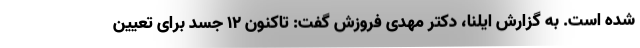
شده است. به گزارش ایلنا، دکتر مهدی فروزش گفت: تاکنون ۱۲ جسد برای تعیین